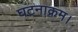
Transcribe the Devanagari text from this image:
घटनाक्रम।